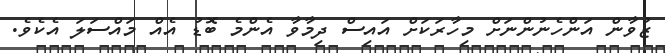
ޒުވާން އަންހެނުންނަށް މިހާރަކަށް އައިސް ދިމާވާ އެންމެ ބޮޑު އެއް މައްސަލަ އެކެވެ.